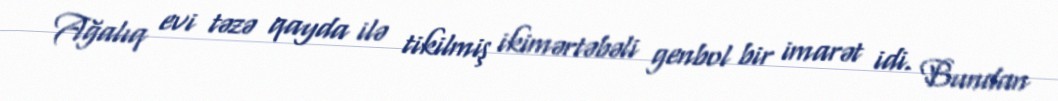
Ağalıq evi təzə qayda ilə tikilmiş ikimərtəbəli genbol bir imarət idi. Bundan